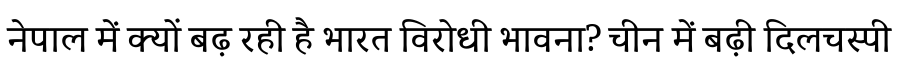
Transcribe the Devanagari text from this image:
नेपाल में क्यों बढ़ रही है भारत विरोधी भावना? चीन में बढ़ी दिलचस्पी